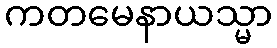
ကတမေနာယသ္မာ